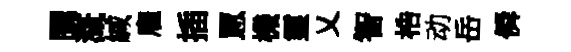
闤溉緘雇插罳機靈乂智梏动岳僢